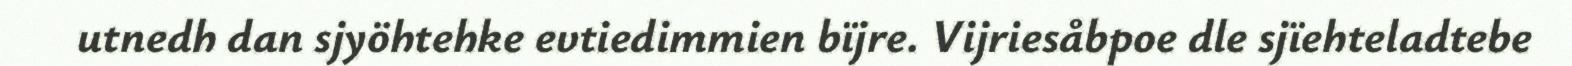
utnedh dan sjyöhtehke evtiedimmien bïjre. Vijriesåbpoe dle sjïehteladtebe